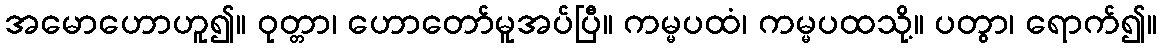
အမောဟောဟူ၍။ ဝုတ္တာ၊ ဟောတော်မူအပ်ပြီ။ ကမ္မပထံ၊ ကမ္မပထသို့။ ပတွာ၊ ရောက်၍။